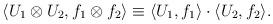
LaTeX: \begin{align*}\langle U_1 \otimes U_2, f_1 \otimes f_2 \rangle \equiv \langle U_1, f_1 \rangle \cdot \langle U_2, f_2 \rangle.\end{align*}